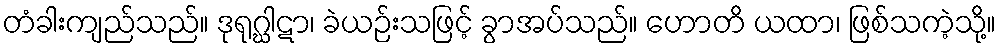
တံခါးကျည်သည်။ ဒုရုဂ္ဃါဋာ၊ ခဲယဉ်းသဖြင့် ခွာအပ်သည်။ ဟောတိ ယထာ၊ ဖြစ်သကဲ့သို့။